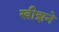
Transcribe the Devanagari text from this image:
खीझने